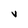
Character: v